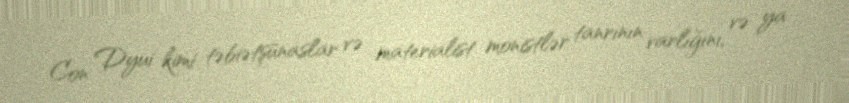
Con Dyui kimi təbiətşünaslar və materialist monistlər tanrının varlığını, və ya